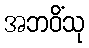
အဘဝိံသု